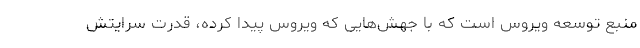
منبع توسعه ویروس است که با جهش‌هایی که ویروس پیدا کرده، قدرت سرایتش